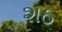
શઠ